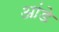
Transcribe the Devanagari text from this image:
आंडे